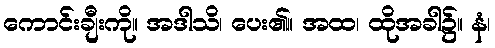
ကောင်းချီးကို။ အဒါသိ၊ ပေး၏။ အထ၊ ထိုအခါ၌။ နံ၊